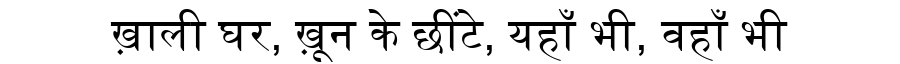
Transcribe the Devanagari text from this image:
ख़ाली घर, ख़ून के छींटे, यहाँ भी, वहाँ भी